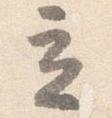
立